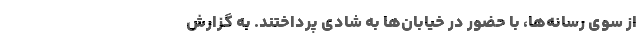
از سوی رسانه‌ها، با حضور در خیابان‌ها به شادی پرداختند. به گزارش